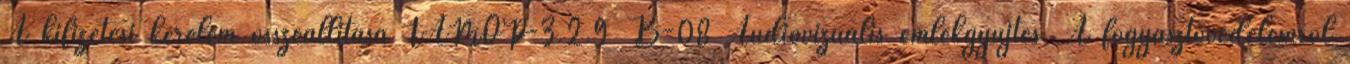
A kifizetési kérelem összeállítása TÁMOP-3.2.9 B-08 Audiovizuális emlékgyűjtés. A fogyasztóvédelemről